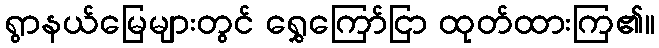
ရွာနယ်မြေများတွင် ရွှေကြော်ငြာ ထုတ်ထားကြ၏။